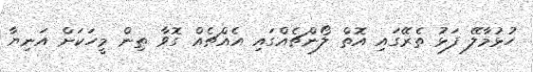
ހުޅުމާލޭ ފަޅު ތެރޭގައި އޮތް ލޯންޗެއްގައި އެއްޗެއް ގޮވާ ތިން މީހަކަށް އަނިޔާ